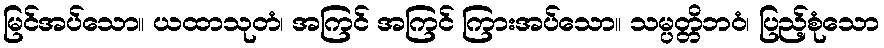
မြင်အပ်သော။ ယထာသုတံ၊ အကြင် အကြင် ကြားအပ်သော။ သမ္ပတ္တိဘဝံ၊ ပြည့်စုံသော